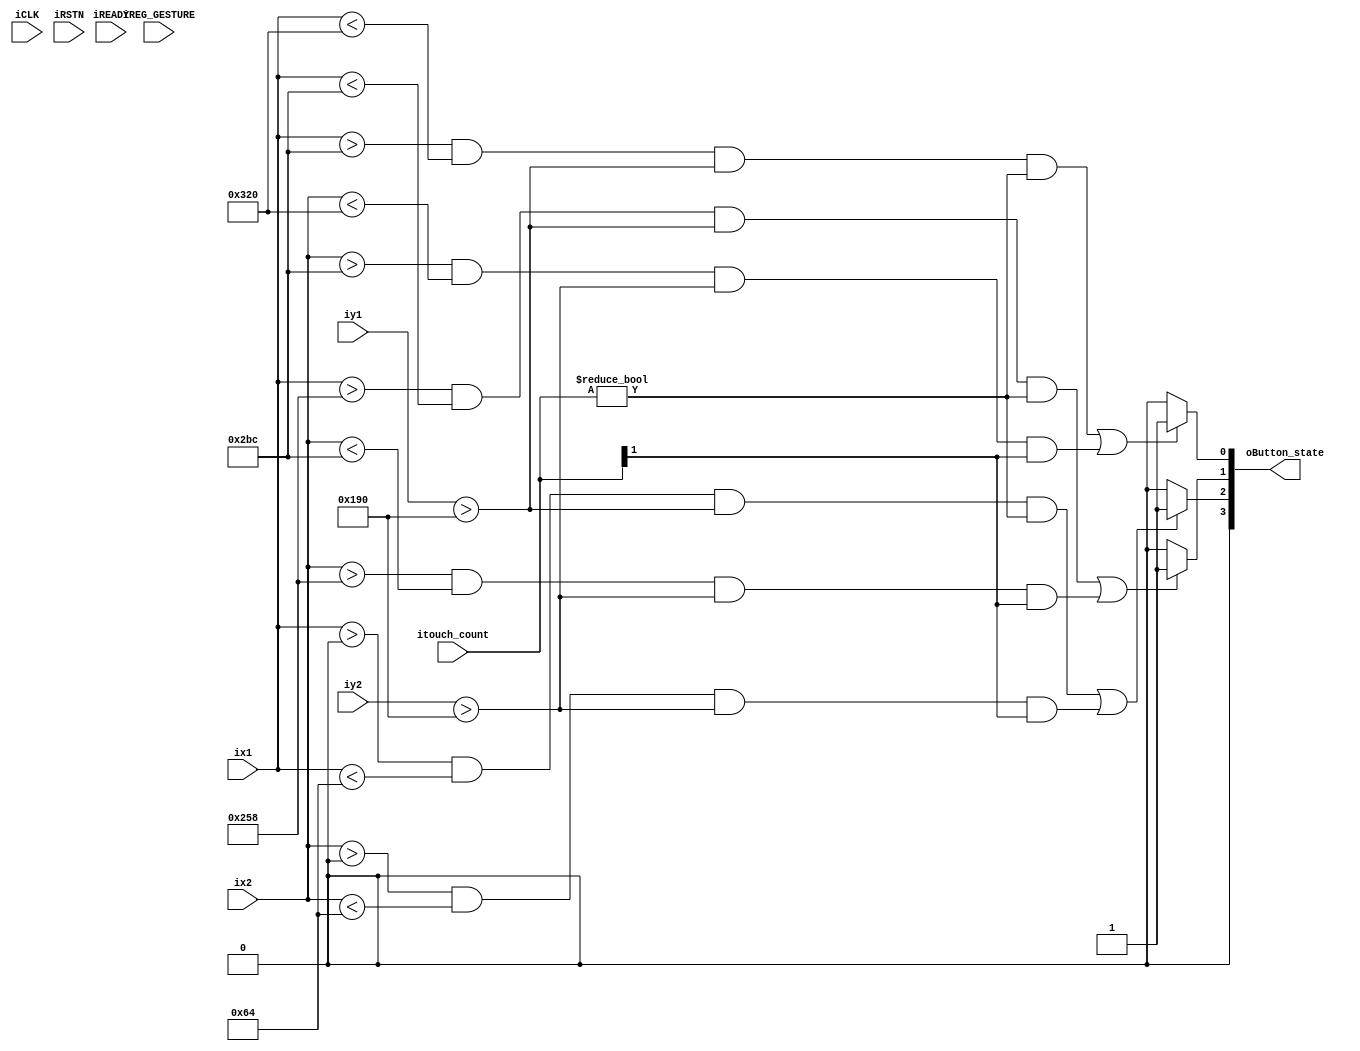
module touch_control	 (	
	  iCLK,
	  iRSTN,
	  iREADY,
	  iREG_GESTURE,
	  ix1,
	  iy1,
	  ix2,
	  iy2,
	  itouch_count,
	  oButton_state
);

parameter	IDLE		             =	1'b0;
parameter	TOUCH		             =	1'b1;

//=======================================================
//  Port declarations
//=======================================================					
input		          iCLK;
input		          iRSTN;
input              iREADY;
input	      [7:0] iREG_GESTURE;
input	[9:0]	ix1;			// X coordinate form touch panel
input	[8:0]	iy1;			// Y coordinate form touch panel
input	[9:0]	ix2;			// X coordinate form touch panel
input	[8:0]	iy2;			// Y coordinate form touch panel
input	[1:0]	itouch_count;			
//output reg  [3:0] oY_MODE;
output [3:0] oButton_state;


//=======================================================
//  REG/WIRE declarations
//=======================================================
reg	         [9:0] temp;
reg 	   	   [2:0] ready_d;
reg                touch_state;
reg          [8:0] wait_count;
//wire               no_gesture_code;
//wire               zoom_code;
//reg                zoom, zoom_out;
//wire               zoom_reset, state_reset, set_trig;
//wire               y_mode_non_max, y_mode_non_min;


//=======================================================
//  Structural coding
//=======================================================
/*assign no_gesture_code = iREG_GESTURE==8'h0;
assign zoom_code = iREG_GESTURE[6:3]==4'b1001;
assign zoom_reset = iREADY&&no_gesture_code&&zoom;
assign state_reset = wait_count[8] || zoom_reset;
assign set_trig = touch_state && state_reset;
assign y_mode_non_max = &oY_MODE ? 1'b0 : 1'b1; 
assign y_mode_non_min = |oY_MODE ? 1'b1 : 1'b0;*/


assign right_btn = ((ix1>10'd700&&ix1<10'd800&&iy1>9'd400&&itouch_count!=0)||(ix2>10'd700&&ix2<10'd800&&iy2>9'd400&&itouch_count[1]))?1'b1:1'b0;
assign left_btn = ((ix1>10'd600&&ix1<10'd700&&iy1>9'd400&&itouch_count!=0)||(ix2>10'd600&&ix2<10'd700&&iy2>9'd400&&itouch_count[1]))?1'b1:1'b0;
assign up_btn = ((ix1>10'd0&&ix1<10'd100&&iy1>9'd400&&itouch_count!=0)||(ix2>10'd0&&ix2<10'd100&&iy2>9'd400&&itouch_count[1]))?1'b1:1'b0;
assign oButton_state = {1'b0,up_btn,left_btn,right_btn};

/*always@(posedge iCLK or negedge iRSTN)
begin
	if (!iRSTN)
	begin
		touch_state	<= 1'b0;
	end else if (temp != iX_COORD)
	begin
		touch_state	<= 1'b1;
	end else 
	begin
		touch_state	<= 1'b0;
	end
	
	temp <= iX_COORD;
end*/
/*always@(posedge iCLK or negedge iRSTN)
	if (!iRSTN)
	begin
		oY_MODE <= 4'b0;
	end
  else
  begin
  	if (set_trig && zoom)
  	begin
  		if (zoom_out)
  			oY_MODE <= oY_MODE - y_mode_non_min;
  	  else
  			oY_MODE <= oY_MODE + y_mode_non_max;
  	end
  end
*/


/*always@(posedge iCLK or negedge iRSTN)
	if (!iRSTN)
	begin
		ready_d <= 3'b0;
		touch_state	<= IDLE;
	end
  else
  begin 
  	ready_d <= {ready_d[1:0], iREADY};
	
		case (touch_state)
			IDLE : begin
				  if (!ready_d[2] && ready_d[1])
				  begin
 					  touch_state	<= TOUCH;
 					  wait_count <= 9'b0;
 					end
 					
			end
			TOUCH : 
			begin
				if (state_reset)
				begin
					touch_state	<= IDLE;
					wait_count <= 9'b0;
				end
						
				if (ready_d[2] && !ready_d[1])
				//if (!ready_d[2] && ready_d[1])
				begin
					wait_count <= 9'b0;
				end
				else
					wait_count <= wait_count + 9'b1;
         	
				//if (!ready_d[2] && ready_d[1])
				//begin
			 
				//end
			end
		endcase
  end*/
  
endmodule